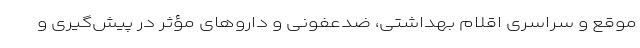
موقع و سراسری اقلام بهداشتی، ضدعفونی و داروهای مؤثر در پیش‌گیری و